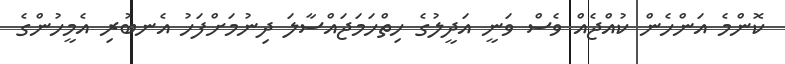
ކޮންމެ އަންހެން ކުއްޖެއް ވެސް ވަނީ އަދީލުގެ ހިތްހަމަޖައްސާލަ ދިނުމަށްފަހު އެނބުރި އެމީހުންގެ